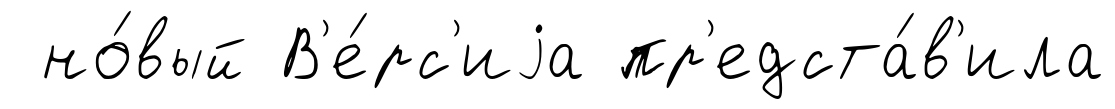
но́вый В'е́рс'иjа пр'едста́в'ила